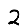
Digit: 2